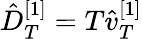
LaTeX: \hat{D}_{T}^{[1]}=T\hat{v}_{T}^{[1]}